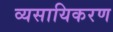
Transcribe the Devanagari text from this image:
व्यसायिकरण